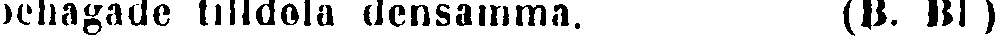
behagade tilldela densamma. (B. Bl )